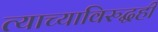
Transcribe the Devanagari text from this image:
त्याच्याविरुद्धही